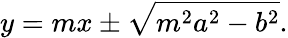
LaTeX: y=mx\pm{\sqrt{m^{2}a^{2}-b^{2}}}.